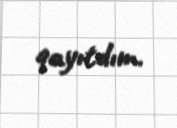
qayıtdım.